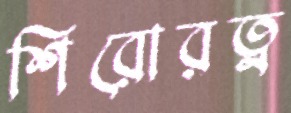
শিরোরত্ন